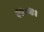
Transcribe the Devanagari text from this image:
१७८४।